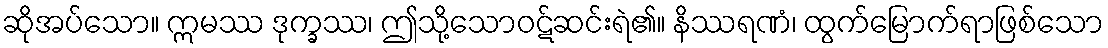
ဆိုအပ်သော။ ဣမဿ ဒုက္ခဿ၊ ဤသို့သောဝဋ်ဆင်းရဲ၏။ နိဿရဏံ၊ ထွက်မြောက်ရာဖြစ်သော